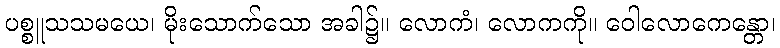
ပစ္စူသသမယေ၊ မိုးသောက်သော အခါ၌။ လောကံ၊ လောကကို။ ဝေါလောကေန္တော၊